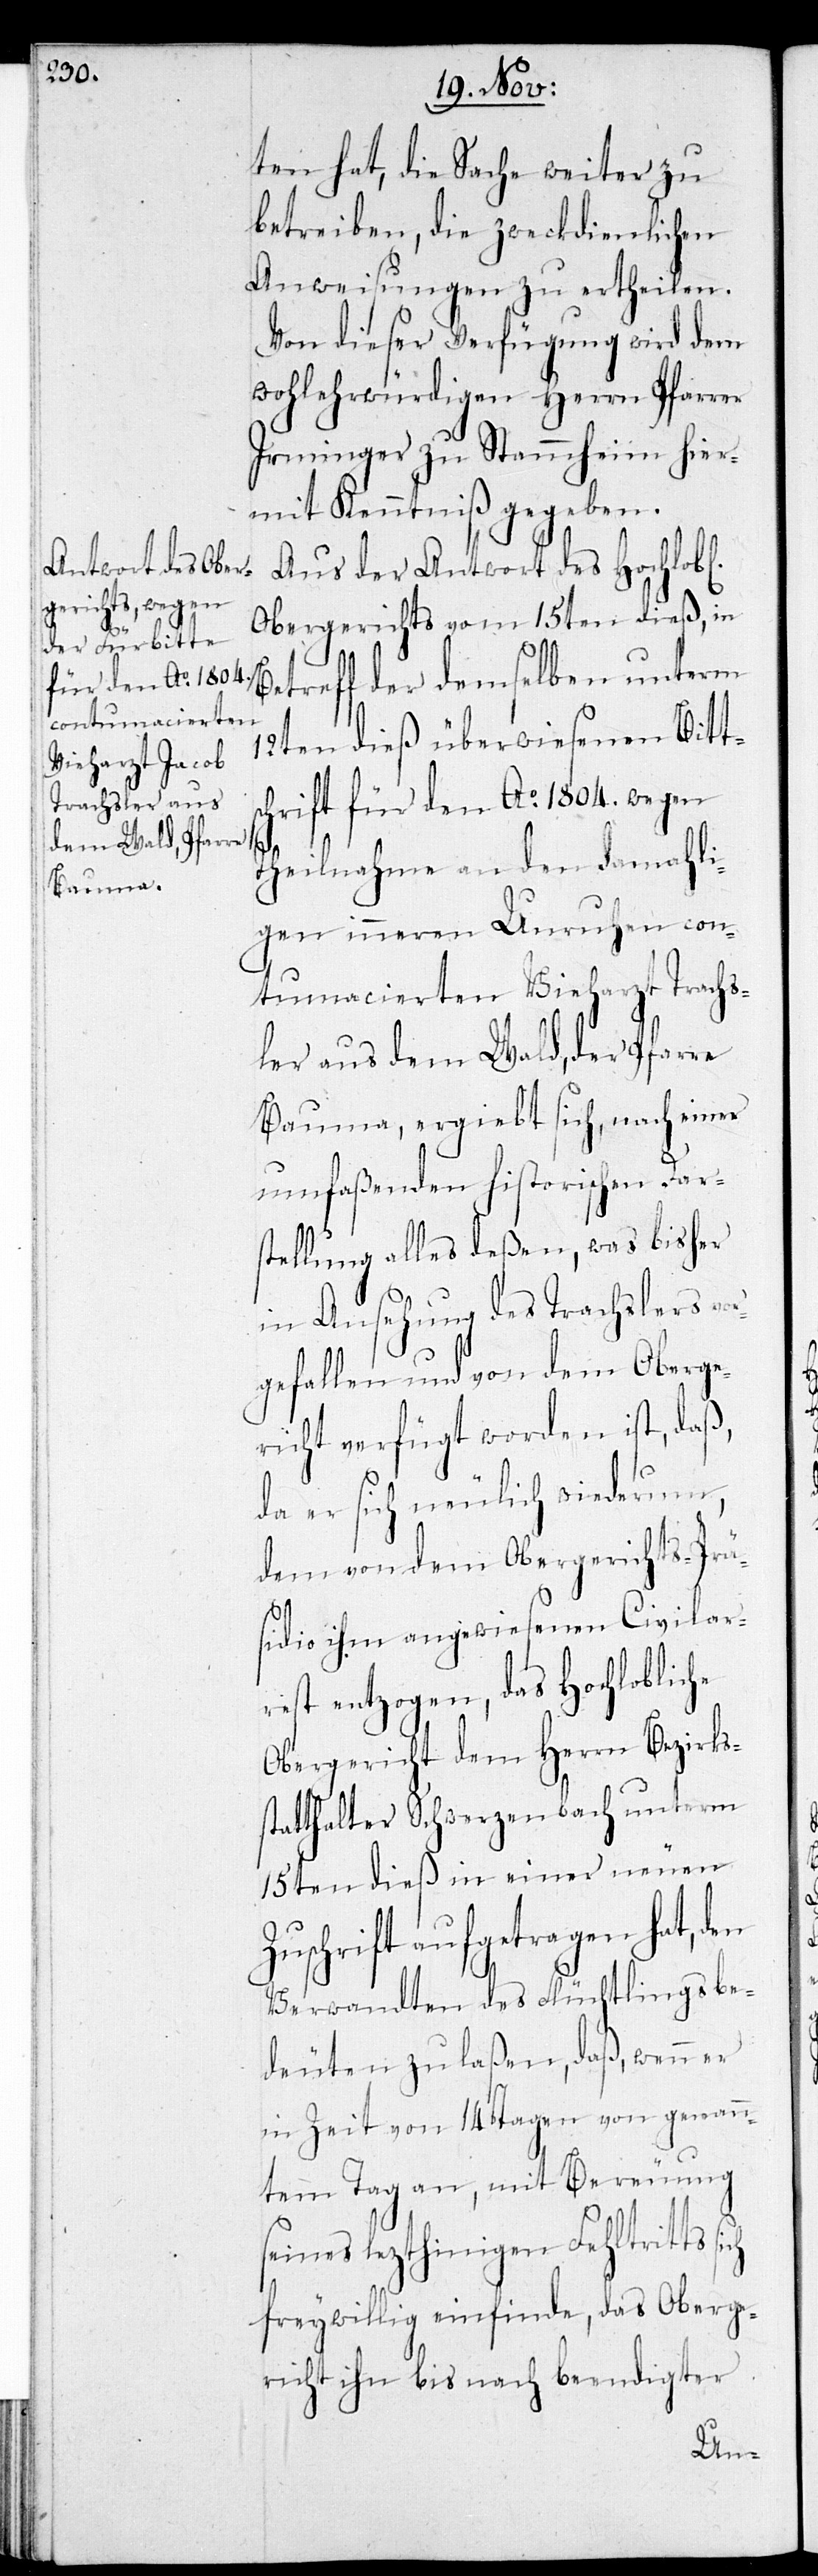
ontumacierten
Vieharzt Jacob
Trachsler aus
dem Wald, Pfarre

ten hat, die Sache weiter zu
betreiben, die zweckdienlichen
Anweisungen zu ertheilen.
Von dieser Verfügung wird dem
wohlehrwürdigen Herrn Pfarrer
Irminger zu Stammheim hier¬
mit Kenntniß gegeben.
Aus der Antwort des Hochlobl.
Obergerichts vom 15ten dieß, in
etreff der demselben unterm
12ten dieß überwiesenen Bitts¬
chrift für den Ao 1804. wegen
Theilnahme an den damahli¬
gen inneren Unruhen c¬
Bauma, ergiebt sich, nach einer
umfaßenden historischen Dar¬
stellung alles deßen, was bisher
in Ansehung des Trachslers vor¬
gefallen und von dem Oberge¬
richt verfügt worden ist, daß,
da er sich nämlich wiederum,
dem von dem Obergerichts-Prä¬
sidio ihm angewiesenen Civilar¬
rest entzogen, das Hochlobliche
Obergericht dem Herrn Bezirks¬
tatthalter Schwerzenbach unterm
15ten dieß in einer neuen
Zuschrift aufgetragen hat, den
Verwandten des Flüchtlings be¬
deuten zu laßen, daß, wenn er
in Zeit von 14 Tagen von genann¬
tem Tag an, mit Bereuung
seines lezthinigen Fehltritts sich
freywillig einfinde, das Oberge¬
richt ihn bis nach beendigter
s¬